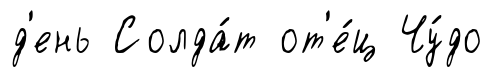
д'ень Солда́т от'е́ц Чу́до